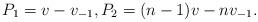
LaTeX: \begin{align*}P_1=v-v_{-1},P_2=(n-1)v-nv_{-1}.\end{align*}